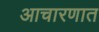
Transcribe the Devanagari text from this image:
आचारणात